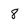
Character: 8